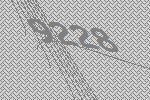
9228